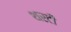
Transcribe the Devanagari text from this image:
थरटी